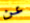
عن